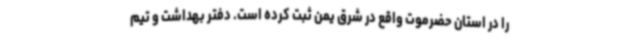
را در استان حضرموت واقع در شرق یمن ثبت کرده است. دفتر بهداشت و تیم